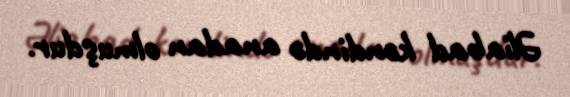
Əliabad kəndində anadan olmuşdur.